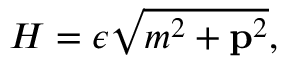
H = \epsilon \sqrt { m ^ { 2 } + { \bf p } ^ { 2 } } ,